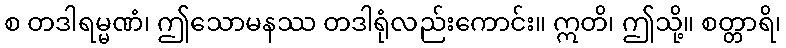
စ တဒါရမ္မဏံ၊ ဤသောမနဿ တဒါရုံလည်းကောင်း။ ဣတိ၊ ဤသို့။ စတ္တာရိ၊